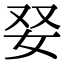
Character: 𡛒